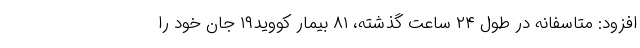
افزود: متاسفانه در طول ۲۴ ساعت گذشته، ۸۱ بیمار کووید۱۹ جان خود را